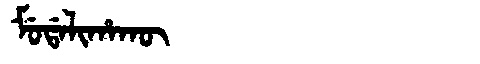
Manchu: ᠮᡠᡩᠠᠯᡳᡥᠠᡴᡡ
Romanization: MUDALIHAKŪ